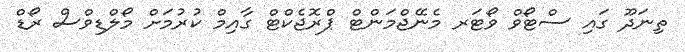
ތިނަދޫ ގައި ސްޓޯވް ވޯޓަރ މެނޭޖްމަންޓް ޕްރޮޖެކްޓް ގާއިމް ކުރުމަށް މޯލްޑިވްސް ރޯޑް